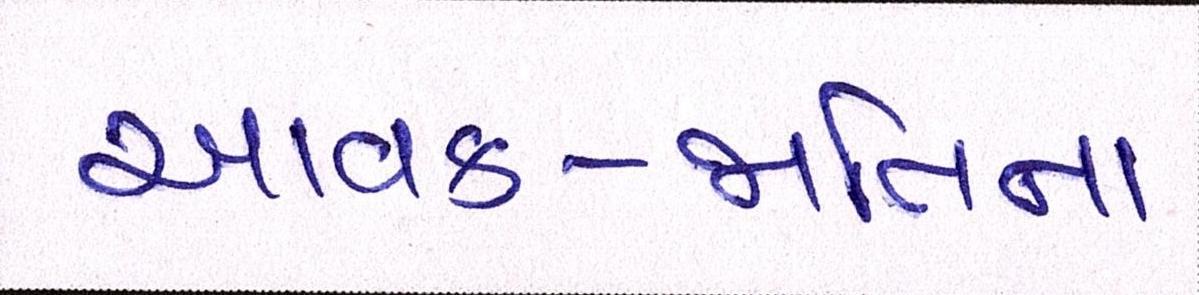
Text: આવક-જાતિના